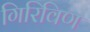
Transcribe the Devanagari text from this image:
गिरिविण